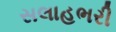
સલાહભરી